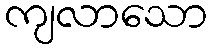
ကျလာသော